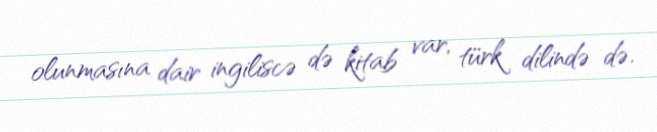
olunmasına dair ingiliscə də kitab var, türk dilində də.